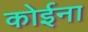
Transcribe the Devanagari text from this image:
कोईना